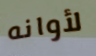
لأوانه